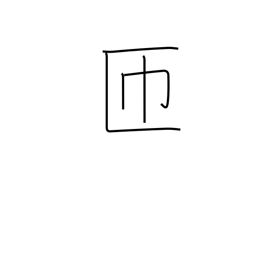
Meaning: go around